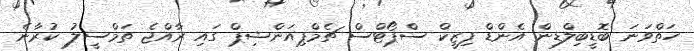
ހަތްވަނަ ބޮޑީބިލްޑިން އެންޑް ފިޒީކް ސްޕޯޓްސް ޗެމްޕިއަންޝިޕް ގައި ރާއްޖެ ތަމްސީލު ކުރާނެ